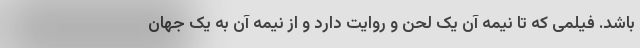
باشد. فیلمی که تا نیمه آن یک لحن و روایت دارد و از نیمه آن به یک جهان